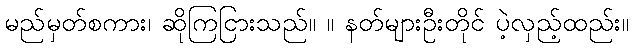
မည်မှတ်စကား၊ ဆိုကြငြားသည်။ ။ နတ်များဦးတိုင် ပဲ့လှည့်ထည်း။